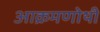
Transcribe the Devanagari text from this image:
आक्रमणोथी